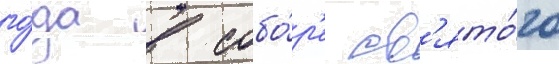
го́да в собо́р'е св'ято́го